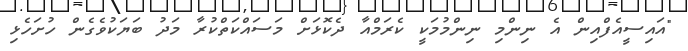
"އައިސީއެފްއިން އެ ނިންމި ނިންމުމަކީ ކެރަމްއާ ދެކޮޅަށް މަސައްކަތްކުރާ މަދު ބަޔަކުވެގެން ހުށަހެޅި